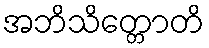
အဘိသိတ္တောတိ